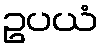
ဥပယံ